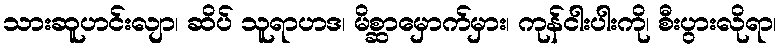
သားဆူဟင်းလျာ၊ ဆိပ် သူရာဟဒ၊ မိစ္ဆာမှောက်မှား၊ ကုန်ငါးပါးကို၊ စီးပွားလိုရာ၊